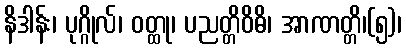
နိဒါန်း၊ ပုဂ္ဂိုလ်၊ ဝတ္ထု၊ ပညတ္တိဝိဓိ၊ အာဏတ္တိ၊(၅)၊